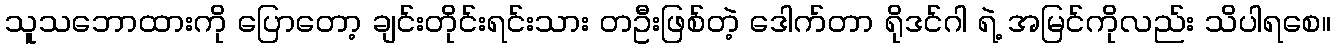
သူသဘောထားကို ပြောတော့ ချင်းတိုင်းရင်းသား တဦးဖြစ်တဲ့ ဒေါက်တာ ရိုဒင်ဂါ ရဲ့ အမြင်ကိုလည်း သိပါရစေ။